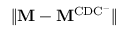
\lVert \mathbf { M } - \mathbf { M } ^ { \mathrm { C D C ^ { - } } } \rVert